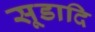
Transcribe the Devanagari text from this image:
सूडादि